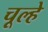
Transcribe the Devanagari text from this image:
चूल्‍हे